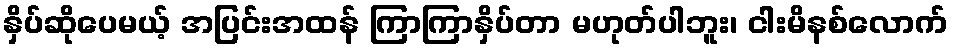
နှိပ်ဆိုပေမယ့် အပြင်းအထန် ကြာကြာနှိပ်တာ မဟုတ်ပါဘူး၊ ငါးမိနစ်လောက်